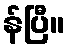
န်ပြီ။